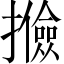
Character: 𢸟